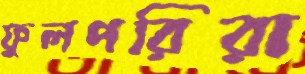
ফুলপরিরা